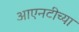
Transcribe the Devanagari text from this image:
आएनटीच्या